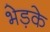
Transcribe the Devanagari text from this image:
भेड़के